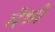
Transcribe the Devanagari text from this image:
मेध्ये